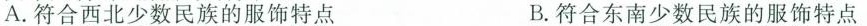
A.符合西北少数民族的服饰特点 B.符合东南少数民族的服饰特点